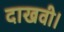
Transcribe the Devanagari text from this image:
दाखवी।